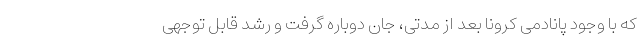
که با وجود پانادمی کرونا بعد از مدتی، جان دوباره گرفت و رشد قابل توجهی